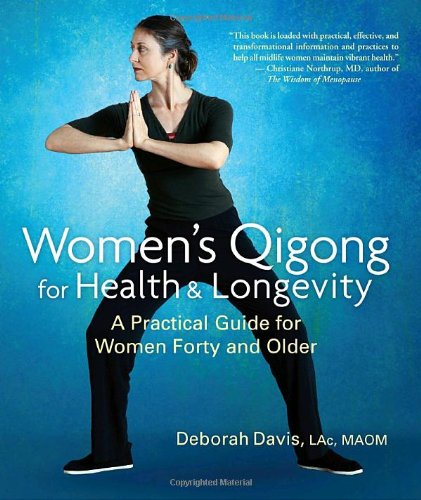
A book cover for Women's Qigong for Health and Longevity: A Practical Guide for Women Forty and Older; Deborah Davis; Health, Fitness & Dieting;